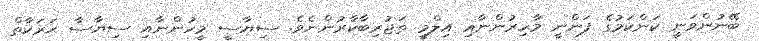
ބޭނުންވަނީ ކަންކަމުގެ ފަންނީ މާހިރުންނާއި އިލްމީ ތަޖުރިބާކާރުންނެވެ. ސިޔާސީ މީހުންނާއި ސިޔާސާ ޙަރަކާތް